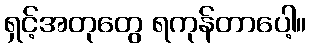
ရှင့်အတုတွေ ရကုန်တာပေါ့။